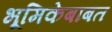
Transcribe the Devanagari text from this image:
भूमिकेबाबत